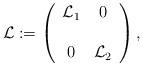
LaTeX: \begin{align*} \mathcal{L}:= \left(\begin{array}{cccc}\mathcal{L}_1 & 0\\\\0 & \mathcal{L}_2\end{array}\right),\end{align*}